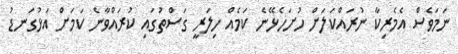
ނަމަވެސް އެމެރިކާ ނުރައްކަލަށް ހުށަހެޅޭނެ ކަމެއް ހިލަރީ ގަސްތުގައި ކުރައްވާނެ ކަމަށް އަޅުގަނޑު